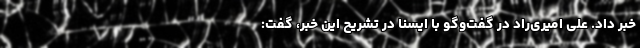
خبر داد. علی امیری‌راد در گفت‌وگو با ایسنا در تشریح این خبر، گفت: